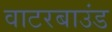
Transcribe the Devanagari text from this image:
वाटरबाउंड